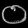
Digit: ၀